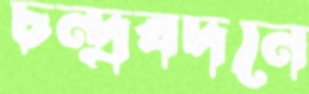
চন্দ্রবদনে